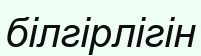
білгірлігін